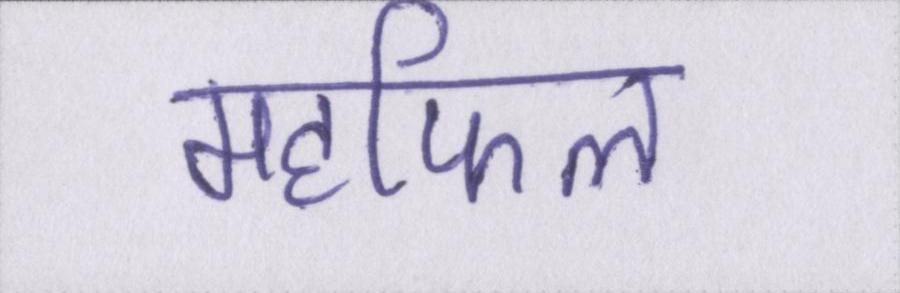
महफिल